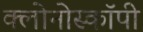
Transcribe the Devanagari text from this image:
क्लोनोस्कॉपी